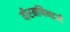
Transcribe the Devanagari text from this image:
वीरमणिभद्रजी